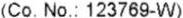
(CO.NO.: 123769-W)